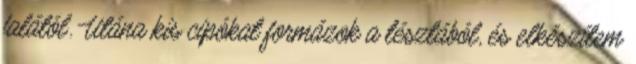
falától. Utána kis cipókat formázok a tésztából, és elkészítem